画像に写った文字を読んでください
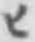
「ヒ」と書いてあります